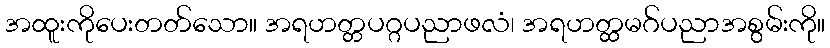
အထူးကိုပေးတတ်သော။ အရဟတ္တပဂ္ဂပညာဖလံ၊ အရဟတ္ထမဂ်ပညာအစွမ်းကို။